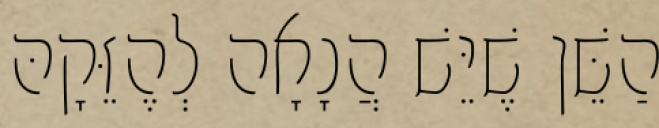
הַשֵּׁן שֶׁיֵּשׁ הֲנָאָה לְהֶזֵּקָהּ